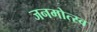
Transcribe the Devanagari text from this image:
जनमोत्स्व